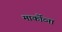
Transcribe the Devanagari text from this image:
मार्कोव्ना